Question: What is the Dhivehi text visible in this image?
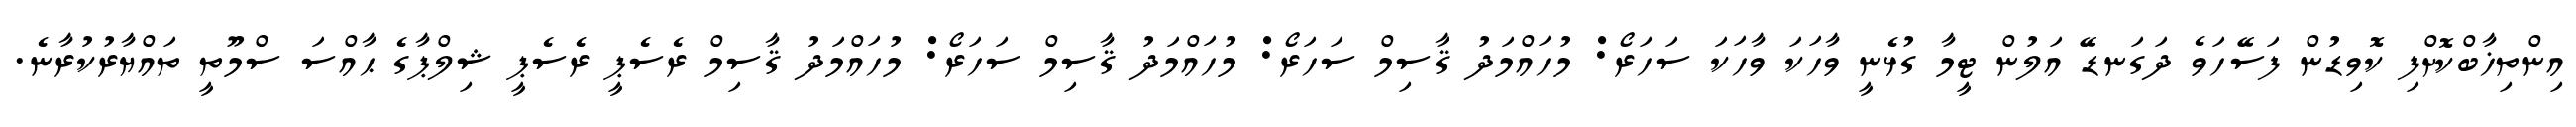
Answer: އިންތިޚާބްކޮށްފި ކޮވިޑުން ފަސޭހަވެ ދަގަނޑޭ އަލުން ޓީމާ ގުޅެނީ ވާހަކަ ވާހަކަ ސަހަރޯ: މުހައްމަދު ޤާސިމް ސަހަރޯ: މުހައްމަދު ޤާސިމް ސަހަރޯ: މުހައްމަދު ޤާސިމް ރެސެޕީ ރެސެޕީ ޝިލްޕާގެ ޙާއްސަ ސްމޫތީ ތައްޔާރުކުރާނެ.